Lunatic asylums Punjab 1868-1880 - 1868-1880
Year: 1868
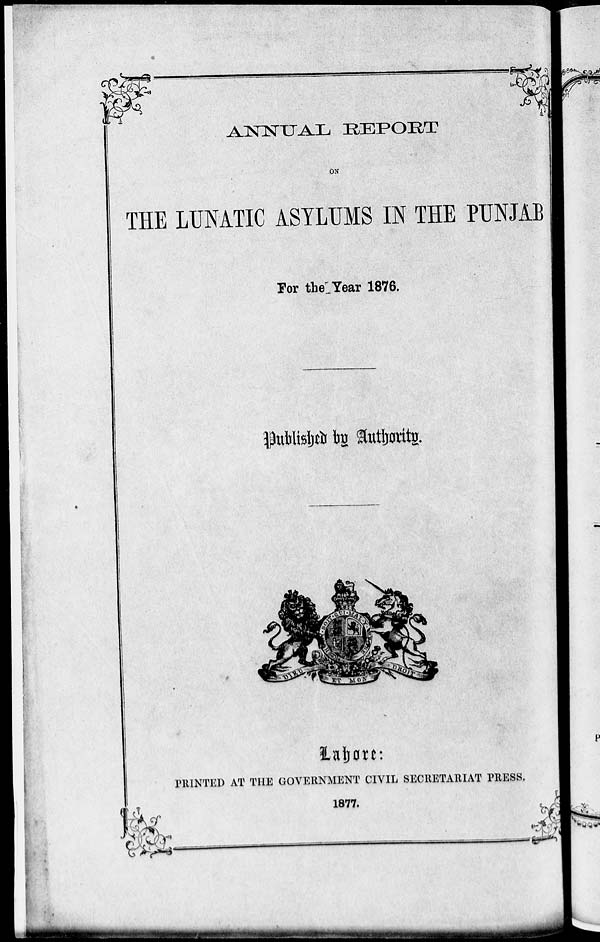
ANNUAL
REPORT
ON
THE LUNATIC ASYLUMS IN THE PUNJAB
For the Year 1876.
Published by Authority.
Lahore :
PRINTED AT THE GOVERNMENT CIVIL SECRETARIAT PRESS.
1877.